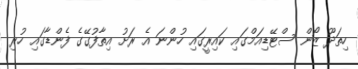
ހިތަދޫ ޒޯން ސްޓޭޑިއަމްގައި ކައިރީގައި ހުންނަ އެ ރަށު އިތާފުގޭގެ ފެންޑާގައި ހުރި